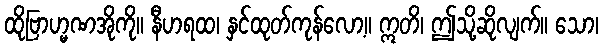
ထိုဗြာဟ္မဏအိုကို။ နီဟရထ၊ နှင်ထုတ်ကုန်လော့။ ဣတိ၊ ဤသို့ဆိုလျက်။ သော၊